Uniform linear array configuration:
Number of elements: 32
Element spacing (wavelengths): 0.5
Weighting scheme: uniform
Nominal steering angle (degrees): -30
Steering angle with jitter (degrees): -29.454
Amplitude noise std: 0.05
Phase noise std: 0.05

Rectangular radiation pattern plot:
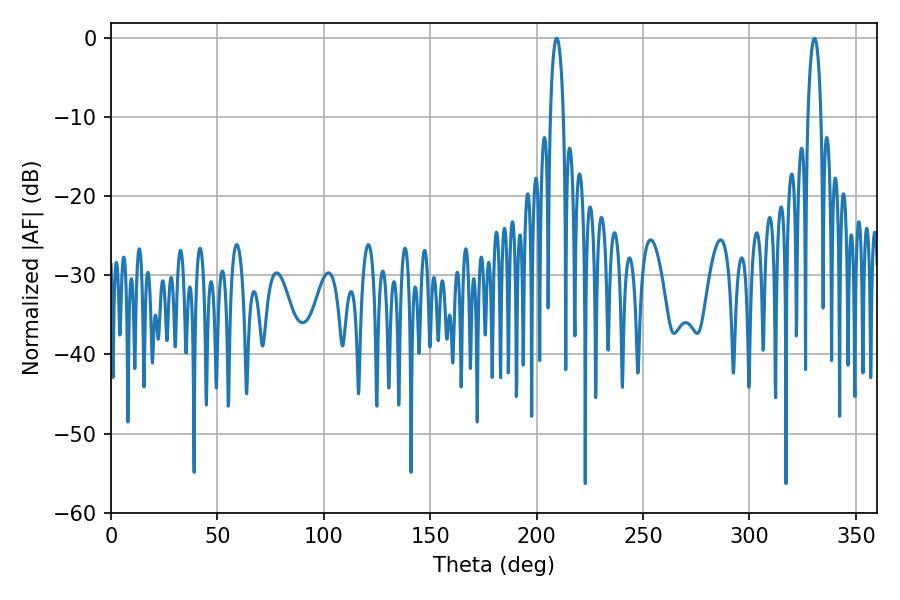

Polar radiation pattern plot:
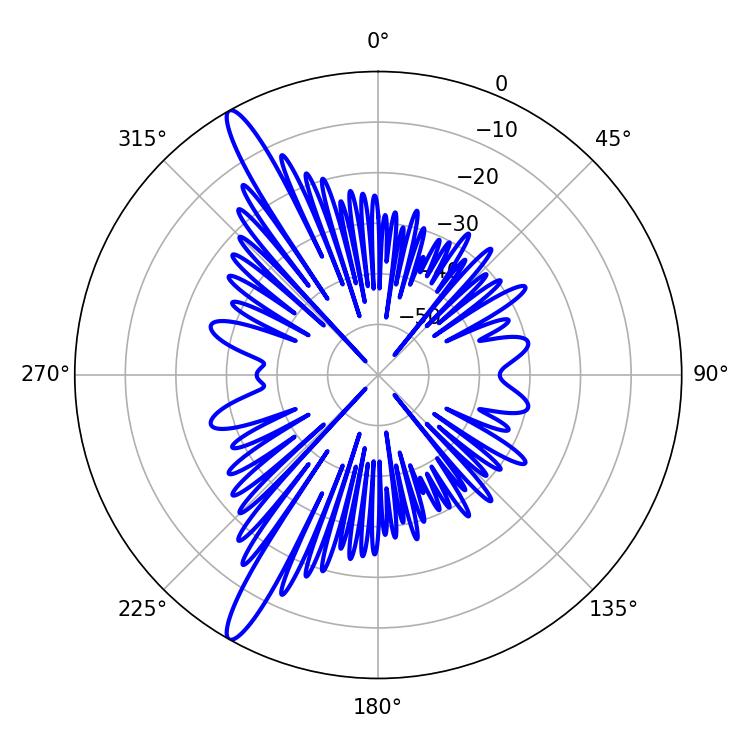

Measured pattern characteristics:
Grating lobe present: FALSE
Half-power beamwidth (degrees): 3.42
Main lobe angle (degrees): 209.34